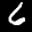
Label: 6